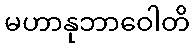
မဟာနုဘာဝေါတိ